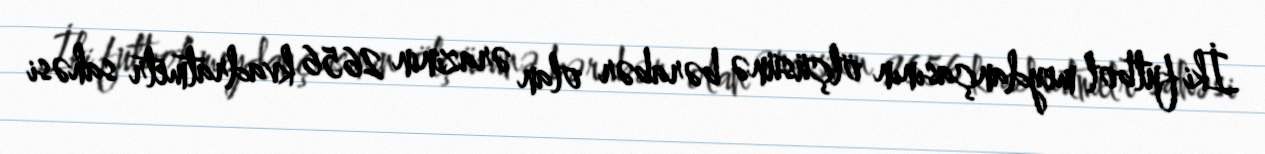
İki futbol meydançasının ölçüsünə bərabər olan ərazinin 2656 kvadratmetr sahəsi